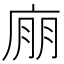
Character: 𢉁